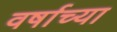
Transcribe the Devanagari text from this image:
वर्षाच्‍या